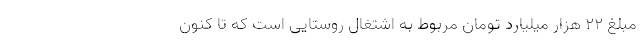
مبلغ ۲۲ هزار میلیارد تومان مربوط به اشتغال روستایی است که تا کنون